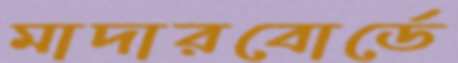
মাদারবোর্ডে